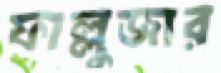
ফাল্লুজার